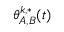
\theta _ { A , B } ^ { k , * } ( t )